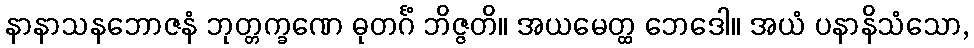
နာနာသနဘောဇနံ ဘုတ္တက္ခဏေ ဓုတင်္ဂံ ဘိဇ္ဇတိ။ အယမေတ္ထ ဘေဒေါ။ အယံ ပနာနိသံသော,